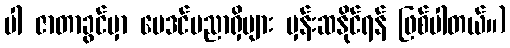
ပါ ဇာတာခွင်မှာ ဗေဒင်ပညာရှိများ မှန်းဆနိုင်ရန် ဖြစ်ပါတယ်။)